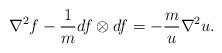
LaTeX: \begin{align*}\nabla^{2}f-\frac{1}{m}df\otimes df=-\frac{m}{u}\nabla^{2}u.\end{align*}